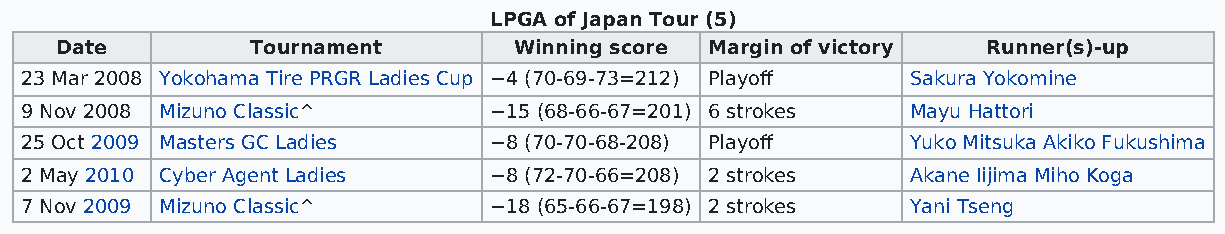
LPGA of Japan Tour (5)
 Date         Tournament       Winning score Margin of victory Runner(s)-up
 23 Mar 2008 Yokohama Tire PRGR Ladies Cup −4 (70-69-73=212) Playoff Sakura Yokomine
 9 Nov 2008 Mizuno Classic^     −15 (68-66-67=201) 6 strokes Mayu Hattori
 25 Oct 2009 Masters GC Ladies  −8 (70-70-68-208) Playoff   Yuko Mitsuka Akiko Fukushima
 2 May 2010 Cyber Agent Ladies  −8 (72-70-66=208) 2 strokes Akane Iijima Miho Koga
 7 Nov 2009 Mizuno Classic^     −18 (65-66-67=198) 2 strokes Yani Tseng